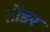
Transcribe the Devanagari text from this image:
तोंडर